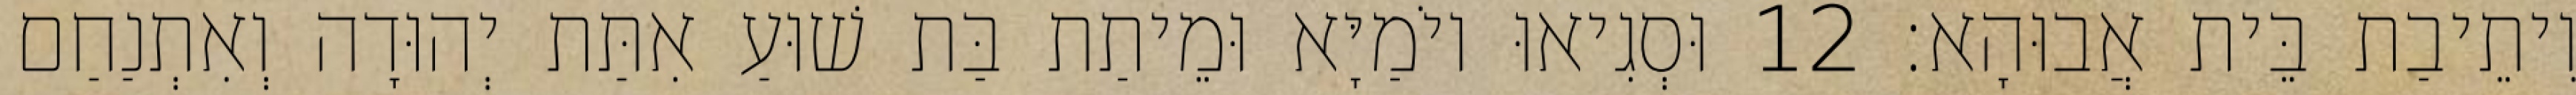
וִיתֵיבַת בֵּית אֲבוּהָא׃ 12 וּסְגִיאוּ יוֹמַיָּא וּמֵיתַת בַּת שׁוּעַ אִתַּת יְהוּדָה וְאִתְנַחַם